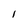
Character: I